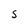
Character: S